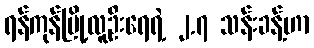
ရန်ကုန်မြို့လူဦးရေရဲ့ ၂.၇ သန်းခန့်ဟာ